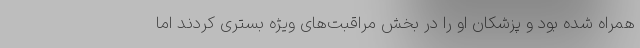
همراه شده بود و پزشکان او را در بخش مراقبت‌های ویژه بستری کردند اما